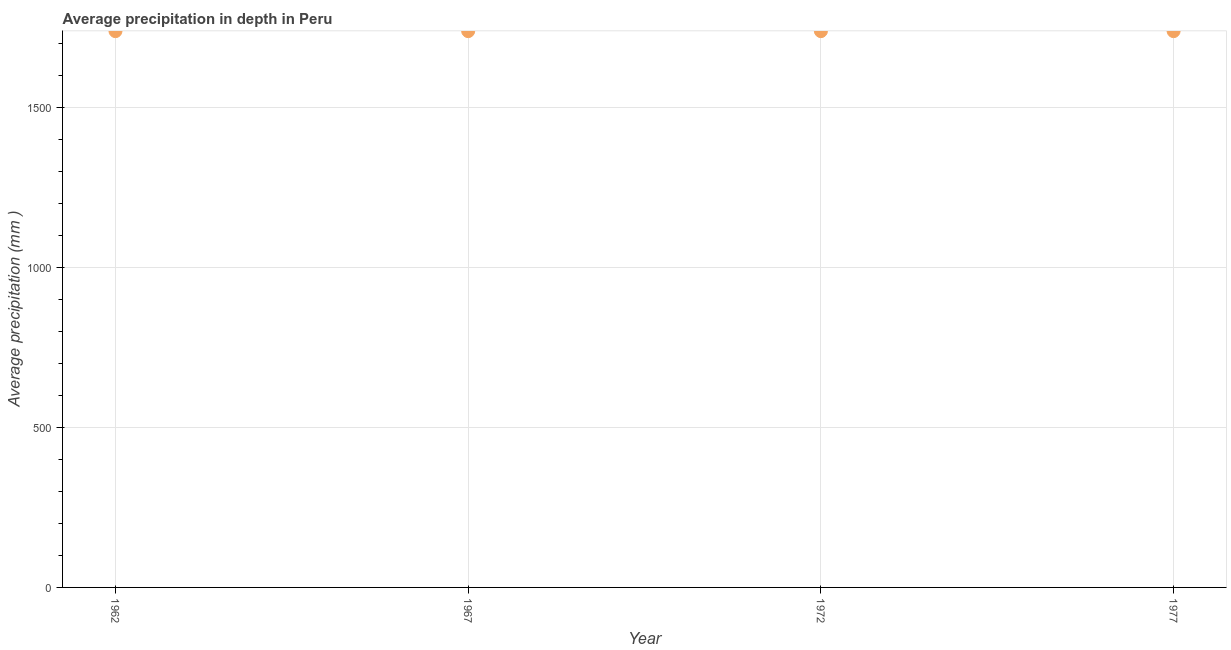
| Year | Average precipitation in depth |
 | --- | --- |
 | 1962 | 1.74e+03 |
 | 1967 | 1.74e+03 |
 | 1972 | 1.74e+03 |
 | 1977 | 1.74e+03 |